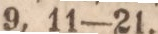
9, 11—21.